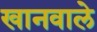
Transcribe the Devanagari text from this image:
खानवाले